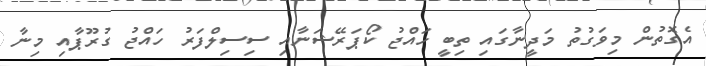
އެގޮތުން މިވަގުތު މަދީނާގައި ތިބީ ހައްޖު ކޯޕަރޭޝަނާއި ސިސިލްފަރު ހައްޖު ގުރޫޕާއި މިނާ